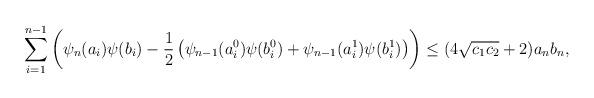
LaTeX: \begin{align*}\sum_{i=1}^{n-1}\left( \psi_n(a_i) \psi(b_i) - \frac{1}{2} \left( \psi_{n-1}(a^0_i)\psi(b^0_i) + \psi_{n-1}(a^1_i)\psi(b^1_i) \right) \right) \leq (4 \sqrt{c_1 c_2} +2) a_n b_n,\end{align*}